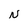
Character: N